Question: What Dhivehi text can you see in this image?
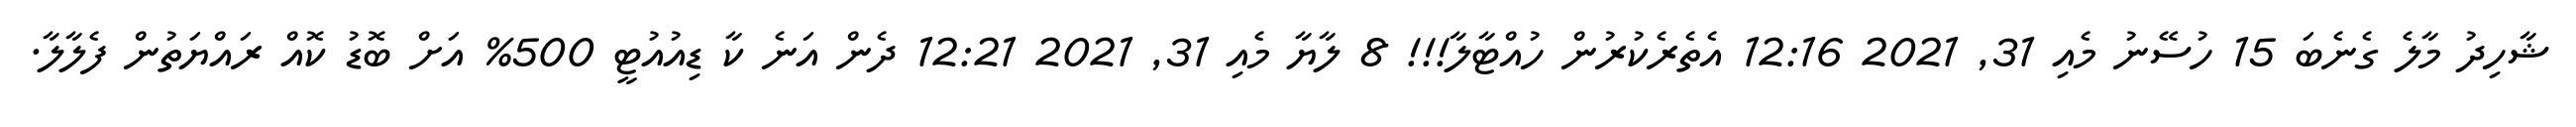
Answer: ޝާހިދު މާލެ ގެނެބަ 15 ހުސޭނު މެއި 31, 2021 12:16 އެތެރެކުރުން ހުއްޓާލާ!!! 8 ލާޔާ މެއި 31, 2021 12:21 ދެން އަނެ ކާ ޑިއުއުޓީ 500% އަށް ބޮޑު ކޮއް ރައްޔަތުން ފެލާލާ.